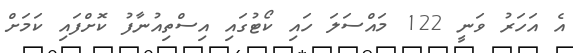
އެ އަހަރު ވަނީ 122 މައްސަަލަ ހައި ކޯޓުގައި އިސްތިއުނާފު ކޮށްފައި ކަމަށް